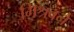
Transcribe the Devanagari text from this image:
मिश्रवने